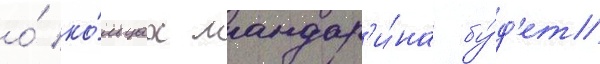
о́ ко́льцах мандар'и́на бу́д'ет